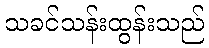
သခင်သန်းထွန်းသည်